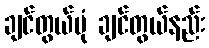
ချင်တွယ်ပုံ ချင်တွယ်နည်း